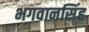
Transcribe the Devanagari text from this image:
भगवानसिंह